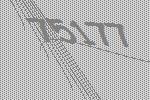
75177